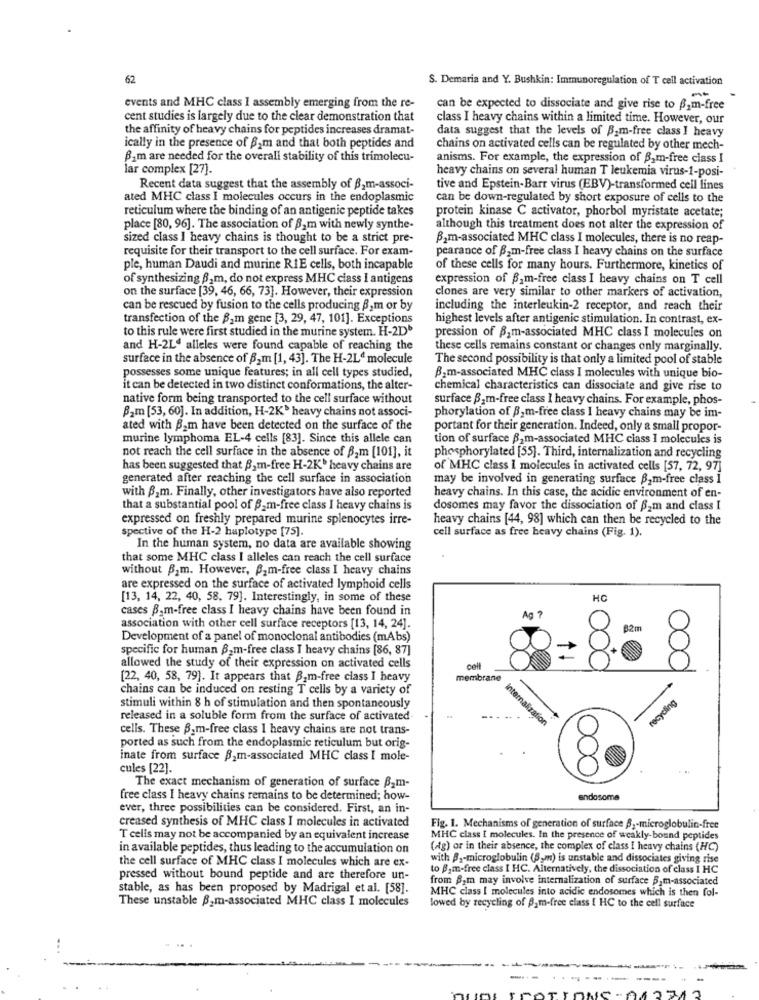
62
S. Demaria and Y. Bushkin: Immunoregulation of T cell activation
events and MHC class I assembly emerging from the re-
can be expected to dissociate and give rise to B.m-free
cent studies is largely due to the clear demonstration that
class I heavy chains within a limited time. However, our
the affinity of heavy chains for peptides increases dramat-
data suggest that the levels of B.m-free class I heavy
ically in the presence of 82m and that both peptides and
chains on activated cells can be regulated by other mech-
Bam are needed for the overall stability of this trimolecu-
anisms. For example, the expression of B_m-free class I
lar complex [27].
heavy chains on several human T leukemia virus-1-posi-
Recent data suggest that the assembly of B,m-associ-
tive and Epstein-Barr virus (EBV)-transformed cell lines
ated MHC class I molecules occurs in the endoplasmic
can be down-regulated by short exposure of cells to the
reticulum where the binding of an antigenic peptide takes
protein kinase C activator, phorbol myristate acetate;
place [80, 96]. The association of B2m with newly synthe-
although this treatment does not alter the expression of
sized class I heavy chains is thought to be a strict pre-
B2m-associated MHC class I molecules, there is no reap-
requisite for their transport to the cell surface. For exam-
pearance of Bam-free class I heavy chains on the surface
ple, human Daudi and murine RIE cells, both incapable
of these cells for many hours. Furthermore, kinetics of
of synthesizing 82m, do not express MHC ciass I antigens
expression of Bam-free class I heavy chains on T cell
on the surface [39, 46, 66, 73]. However, their expression
clones are very similar to other markers of activation,
can be rescued by fusion to the cells producing 8,m or by
including the interleukin-2 receptor, and reach their
transfection of the B2m gene [3, 29, 47, 101]. Exceptions
highest levels after antigenic stimulation. In contrast, ex-
to this rule were first studied in the murine system. H-2D
pression of Bam-associated MHC class I molecules on
and H-2Ld alleles were found capable of reaching the
these cells remains constant or changes only marginally.
surface in the absence of B2m [1, 43]. The H-2L" molecule
The second possibility is that only a limited pool of stable
possesses some unique features; in all cell types studied,
Bom-associated MHC class I molecules with unique bio-
it can be detected in two distinct conformations, the alter-
chemical characteristics can dissociate and give rise to
native form being transported to the cell surface without
surface B,m-free class I heavy chains. For example, phos-
B2m [53, 60]. In addition, H-2K' heavy chains not associ-
phorylation of B,m-free class I heavy chains may be im-
ated with B2m have been detected on the surface of the
portant for their generation. Indeed, only a small propor-
murine lymphoma EL-4 cells [83]. Since this allele can
tion of surface B2m-associated MHC class I molecules is
not reach the cell surface in the absence of B2m [101], it
phosphorylated [55]. Third, internalization and recycling
has been suggested that B2m-free H-2K' heavy chains are
of MHC class i molecules in activated cells [57, 72, 97]
generated after reaching the cell surface in association
may be involved in generating surface B2m-free class 1
with B.m. Finally, other investigators have also reported
heavy chains. In this case, the acidic environment of en-
that a substantial pool of B_m-free class I heavy chains is
dosomes may favor the dissociation of B2m and class I
expressed on freshly prepared murine splenocytes irre-
heavy chains [44, 98] which can then be recycled to the
spective of the H-2 haplotype [75].
cell surface as free heavy chains (Fig. 1).
In the human system, no data are available showing
that some MHC class I alleles can reach the cell surface
without B.m. However, Bam-free class I heavy chains
are expressed on the surface of activated lymphoid cells
[13, 14, 22, 40, 58, 79]. Interestingly, in some of these
HC
cases Bom-free class I heavy chains have been found in
association with other cell surface receptors [13, 14, 24].
Development of a panel of monoclonal antibodies (mAbs)
specific for human B,m-free class I heavy chains [86, 87]
allowed the study of their expression on activated cells
[22, 40, 58, 79]. It appears that B,m-free class I heavy
membrane
chains can be induced on resting T cells by a variety of
recycling
stimuli within 8 h of stimulation and then spontaneously
released in a soluble form from the surface of activated
-...
Internalization
cells. These B.m-free class I heavy chains are not trans-
ported as such from the endoplasmic reticulum but orig-
inate from surface $2m-associated MHC class I mole-
cules [22].
OOO
The exact mechanism of generation of surface B2m-
free class I heavy chains remains to be determined; how-
andosome
ever, three possibilities can be considered. First, an in-
creased synthesis of MHC class I molecules in activated
Fig. 1. Mechanisms of generation of surface 8 ,- microglobulin-free
T cells may not be accompanied by an equivalent increase
MHC class [ molecules. In the presence of weakly-bound peptides
in available peptides, thus leading to the accumulation on
(ag) or in their absence, the complex of class I heavy chains (HC)
with B2-microglobulin (S,m) is unstable and dissociates giving rise
the cell surface of MHC class I molecules which are ex-
to B.m-free class I HC. Alternatively, the dissociation of class I HC
pressed without bound peptide and are therefore un-
from B2m may involve internalization of surface B,m-associated
stable, as has been proposed by Madrigal et al. [58].
MHC class I molecules into acidic endosomes which is then fol-
These unstable B.m-associated MHC class I molecules
lowed by recycling of B. m-free class [ HC to the cell surface